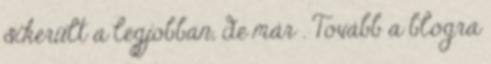
sikerült a legjobban, de már . Tovább a blogra